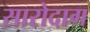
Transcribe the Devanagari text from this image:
सारोदाग